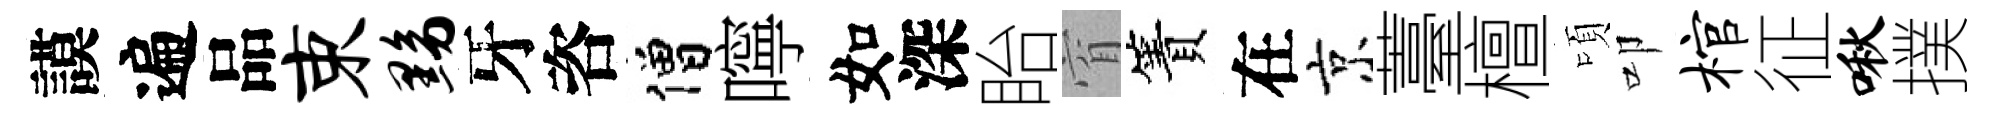
謨遍品束黝牙咨僧嚀如深眙窅簀在京薹檀頃叩棺征啾撲